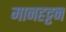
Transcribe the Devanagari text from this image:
मानहट्टन